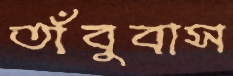
তাঁবুবাস